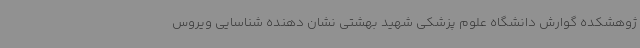
ژوهشکده گوارش دانشگاه علوم پزشکی شهید بهشتی نشان دهنده شناسایی ویروس